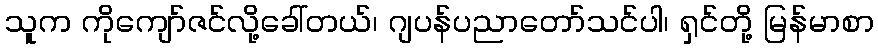
သူက ကိုကျော်ဇင်လို့ခေါ်တယ်၊ ဂျပန်ပညာတော်သင်ပါ၊ ရှင်တို့ မြန်မာစာ